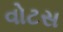
વોટસ